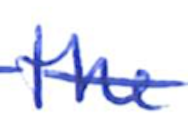
Text: the
Cross-out: single-line
Writing tool: ballpoint